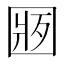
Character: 𱖁